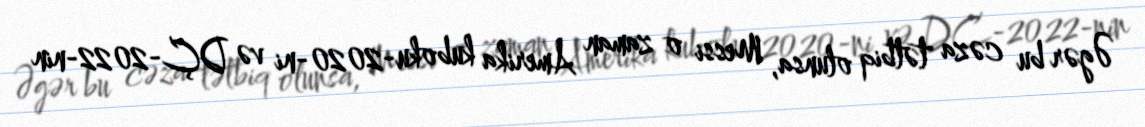
Əgər bu cəza tətbiq olunsa, Messi o zaman Amerika kuboku-2020-ni və DÇ-2022-nin